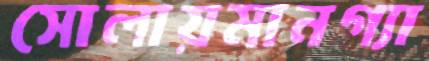
সোলায়মানগ্যা